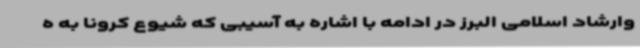
وارشاد اسلامی البرز در ادامه با اشاره به آسیبی که شیوع کرونا به ه